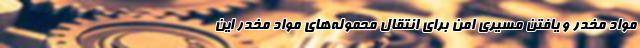
مواد مخدر و یافتن مسیری امن برای انتقال محموله‌های مواد مخدر این